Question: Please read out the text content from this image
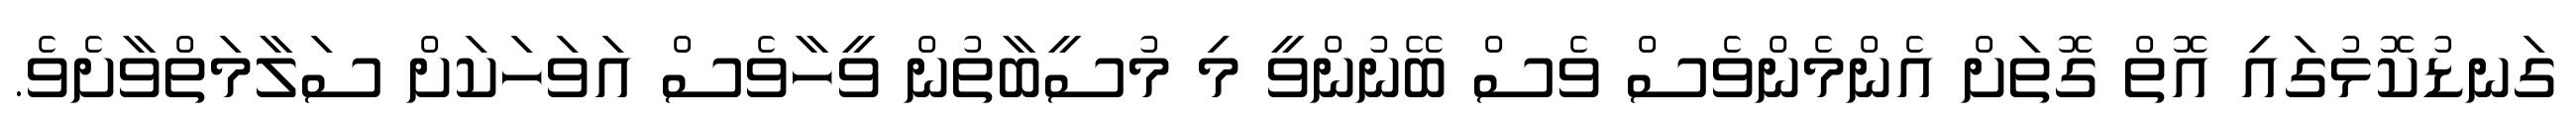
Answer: ގަނޑުކޮޅުގައި އޮތް ގޮތަށް އެންމެންވެސް ވެސް ބޭނުންވީ މި މުސީބާތުން ވީހާވެސް އަވަހަކަށް ސަލާމަތްވާށެވެ.